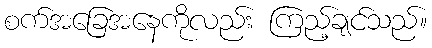
စက်အခြေအနေကိုလည်း ကြည့်ချင်သည်။